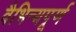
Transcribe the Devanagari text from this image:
वैभिन्यपूर्ण